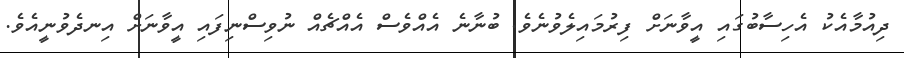
ދިއުމާއެކު އެހިސާބުގައި އީވާނަށް ފިރުމައިލެވުނެވެ. ބުނާނެ އެއްވެސް އެއްޗެއް ނުވިސްނިފައި އީވާނަށް އިނދެވުނީއެވެ.